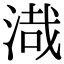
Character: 渽